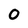
Character: O